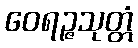
ဝေရဉ္ဇသုတ္တံ